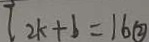
2 k + b = 1 6 \textcircled { 2 }